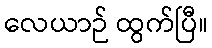
လေယာဉ် ထွက်ပြီ။